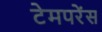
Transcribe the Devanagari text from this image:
टेमपरेंस